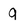
Character: 9